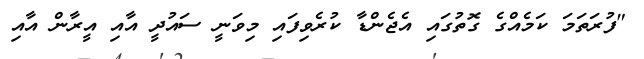
"ފުރަތަމަ ކަމެއްގެ ގޮތުގައި އެޖެންޑާ ކުރެވިފައި މިވަނީ ސައުދީ އާއި އީރާން އާއި